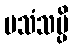
ပသံသမ္ပိ